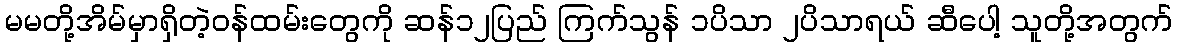
မမတို့အိမ်မှာရှိတဲ့ဝန်ထမ်းတွေကို ဆန်၁၂ပြည် ကြက်သွန် ၁ပိသာ ၂ပိသာရယ် ဆီပေါ့ သူတို့အတွက်